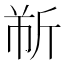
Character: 𫿹